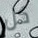
كل